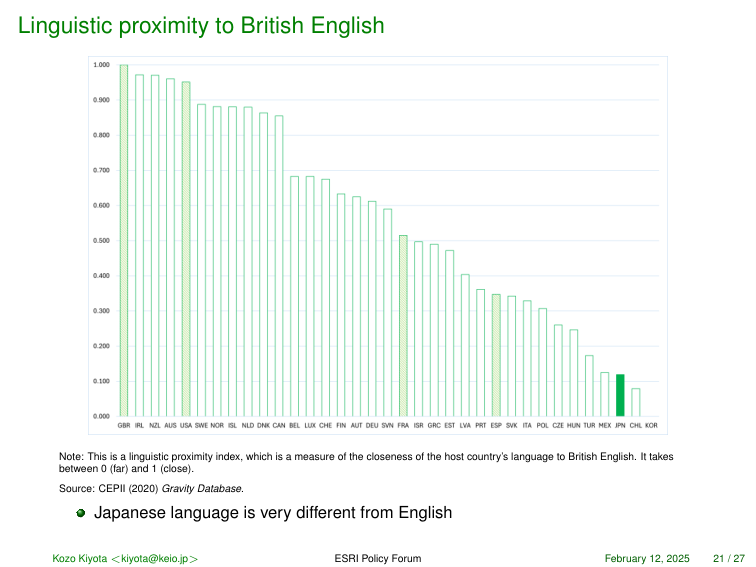
Linguistic proximity to British English

1.000
0.900
0.800
0.700
0.600
0.500
0.400
0.300
0.200
0.100
0.000

GBR  IRL  NZL  AUS  USA  SWE  NOR  ISL  NLD  DNK  CAN  BEL  LUX  CHE  FIN  AUT  DEU  SVN  FRA  ISR  GRC  EST  LVA  PRT  ESP  SVK  ITA  POL  CZE  HUN  TUR  MEX  JPN  CHL  KOR

Note: This is a linguistic proximity index, which is a measure of the closeness of the host country's language to British English. It takes between 0 (far) and 1 (close).

Source: CEPII (2020) Gravity Database.

● Japanese language is very different from English

Kozo Kiyota <kiyota@keio.jp>     ESRI Policy Forum     February 12, 2025     21 / 27